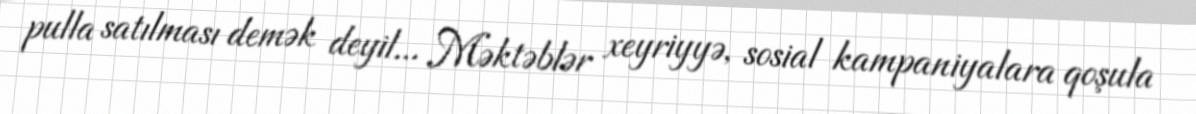
pulla satılması demək deyil... Məktəblər xeyriyyə, sosial kampaniyalara qoşula